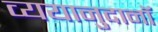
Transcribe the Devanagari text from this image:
व्ययानुदानॉ